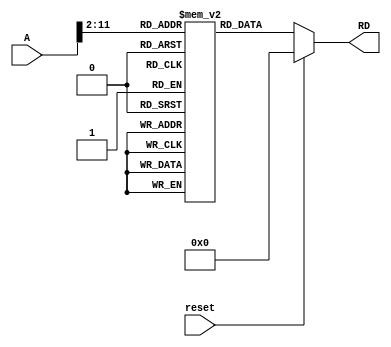
module Instruction_Memory(reset, A, RD);

    input reset;
    input [31:0] A;
    output [31:0] RD;

    reg [31:0] mem [1023:0]; // 8bit = byte, 16bit = half-word, 32bit = word

    assign RD = (reset == 1'b1) ? 32'h00000000 : mem[A[31:2]];

    initial begin
      mem[0] <= 32'h006248B3;
      mem[1] <= 32'h006248B3;
    end

endmodule